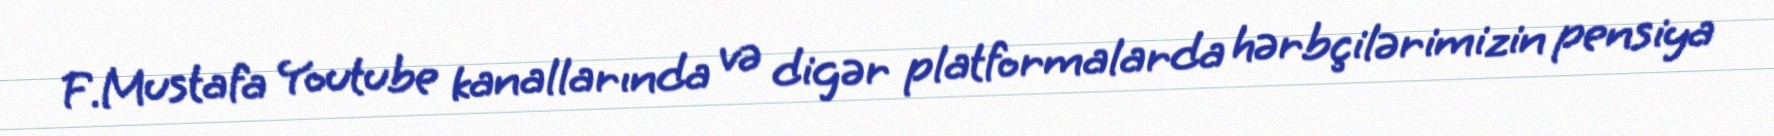
F.Mustafa Youtube kanallarında və digər platformalarda hərbçilərimizin pensiya